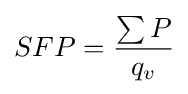
SFP={{\sum P} \over q_{v}}